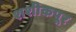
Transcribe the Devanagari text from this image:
शशीकपूर